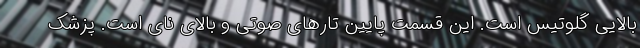
بالایی گلوتیس است. این قسمت پایین تارهای صوتی و بالای نای است. پزشک